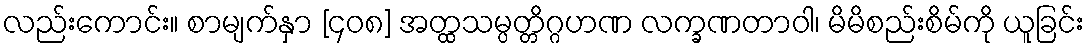
လည်းကောင်း။ စာမျက်နှာ [၄၀၈] အတ္ထသမ္ပတ္တိဂ္ဂဟဏ လက္ခဏတာဝါ၊ မိမိစည်းစိမ်ကို ယူခြင်း